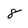
Character: 8